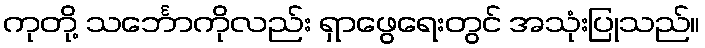
ကုတို့ သင်္ဘောကိုလည်း ရှာဖွေရေးတွင် အသုံးပြုသည်။